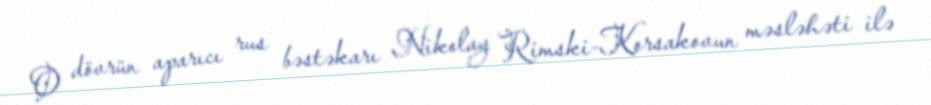
O dövrün aparıcı rus bəstəkarı Nikolay Rimski-Korsakovun məsləhəti ilə